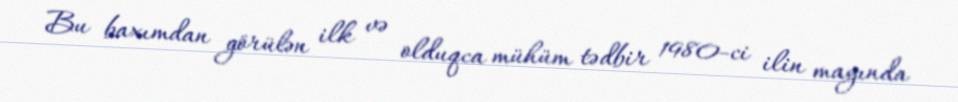
Bu baxımdan görülən ilk və olduqca mühüm tədbir 1980-ci ilin mayında